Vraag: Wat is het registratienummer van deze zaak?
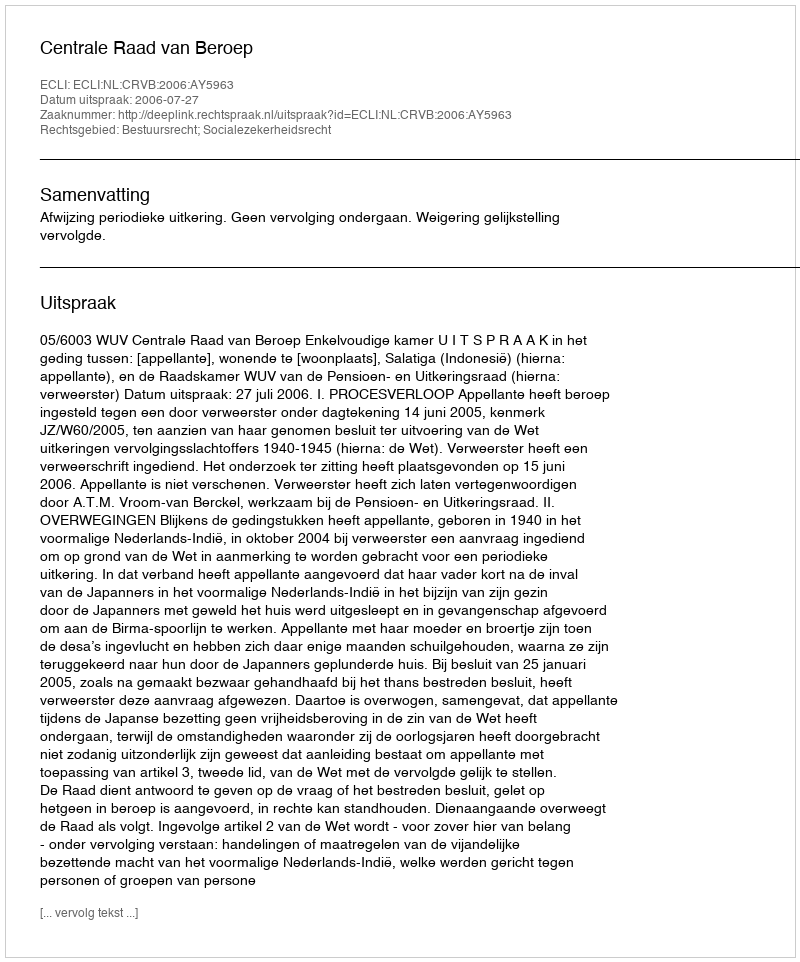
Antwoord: http://deeplink.rechtspraak.nl/uitspraak?id=ECLI:NL:CRVB:2006:AY5963